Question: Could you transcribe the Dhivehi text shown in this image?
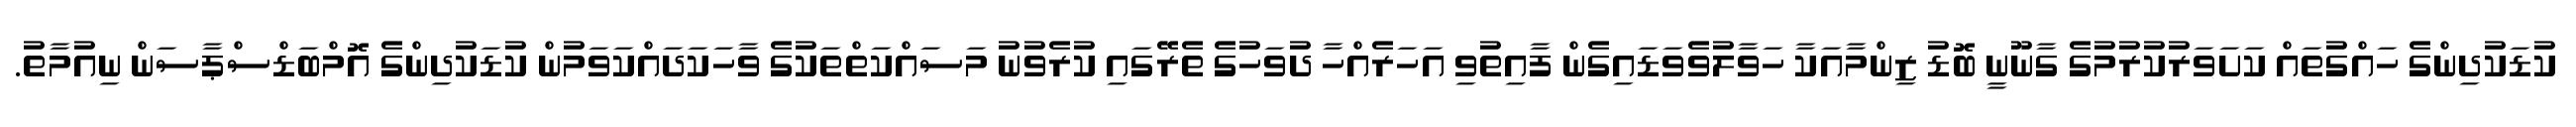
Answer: ކުޑަކުދިންގެ ހައްގުތައް ކަށަވަރުކުރުމުގެ ގާނޫނީ ބޮޑު ޒިންމާއަކާ ހަވާލުވެވަޑައިގެން ފާއިތުވި އަހަރެއްހާ ދުވަހުގެ ތެރޭގައި ކުރެވުނު މަސައްކަތްތަކުގެ ވާހަކަދައްކަވަމުން ކުޑަކުދިންގެ އޮމްބަޑްސްޕާސަން ނިއުމާތު.